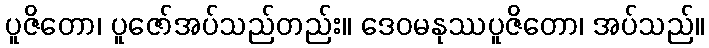
ပူဇိတော၊ ပူဇော်အပ်သည်တည်း။ ဒေဝမနုဿပူဇိတော၊ အပ်သည်။